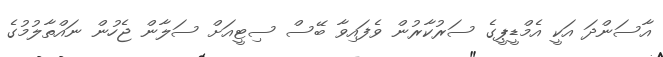
އާސަންދަ އަކީ އެމްޑީޕީގެ ސަރުކާރުން ވެފައިވާ ބޭސް ސިޓީއަށް ސަލާން ޖެހުން ނައްތާލުމުގެ